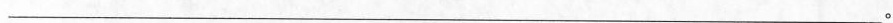
___